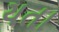
યતા